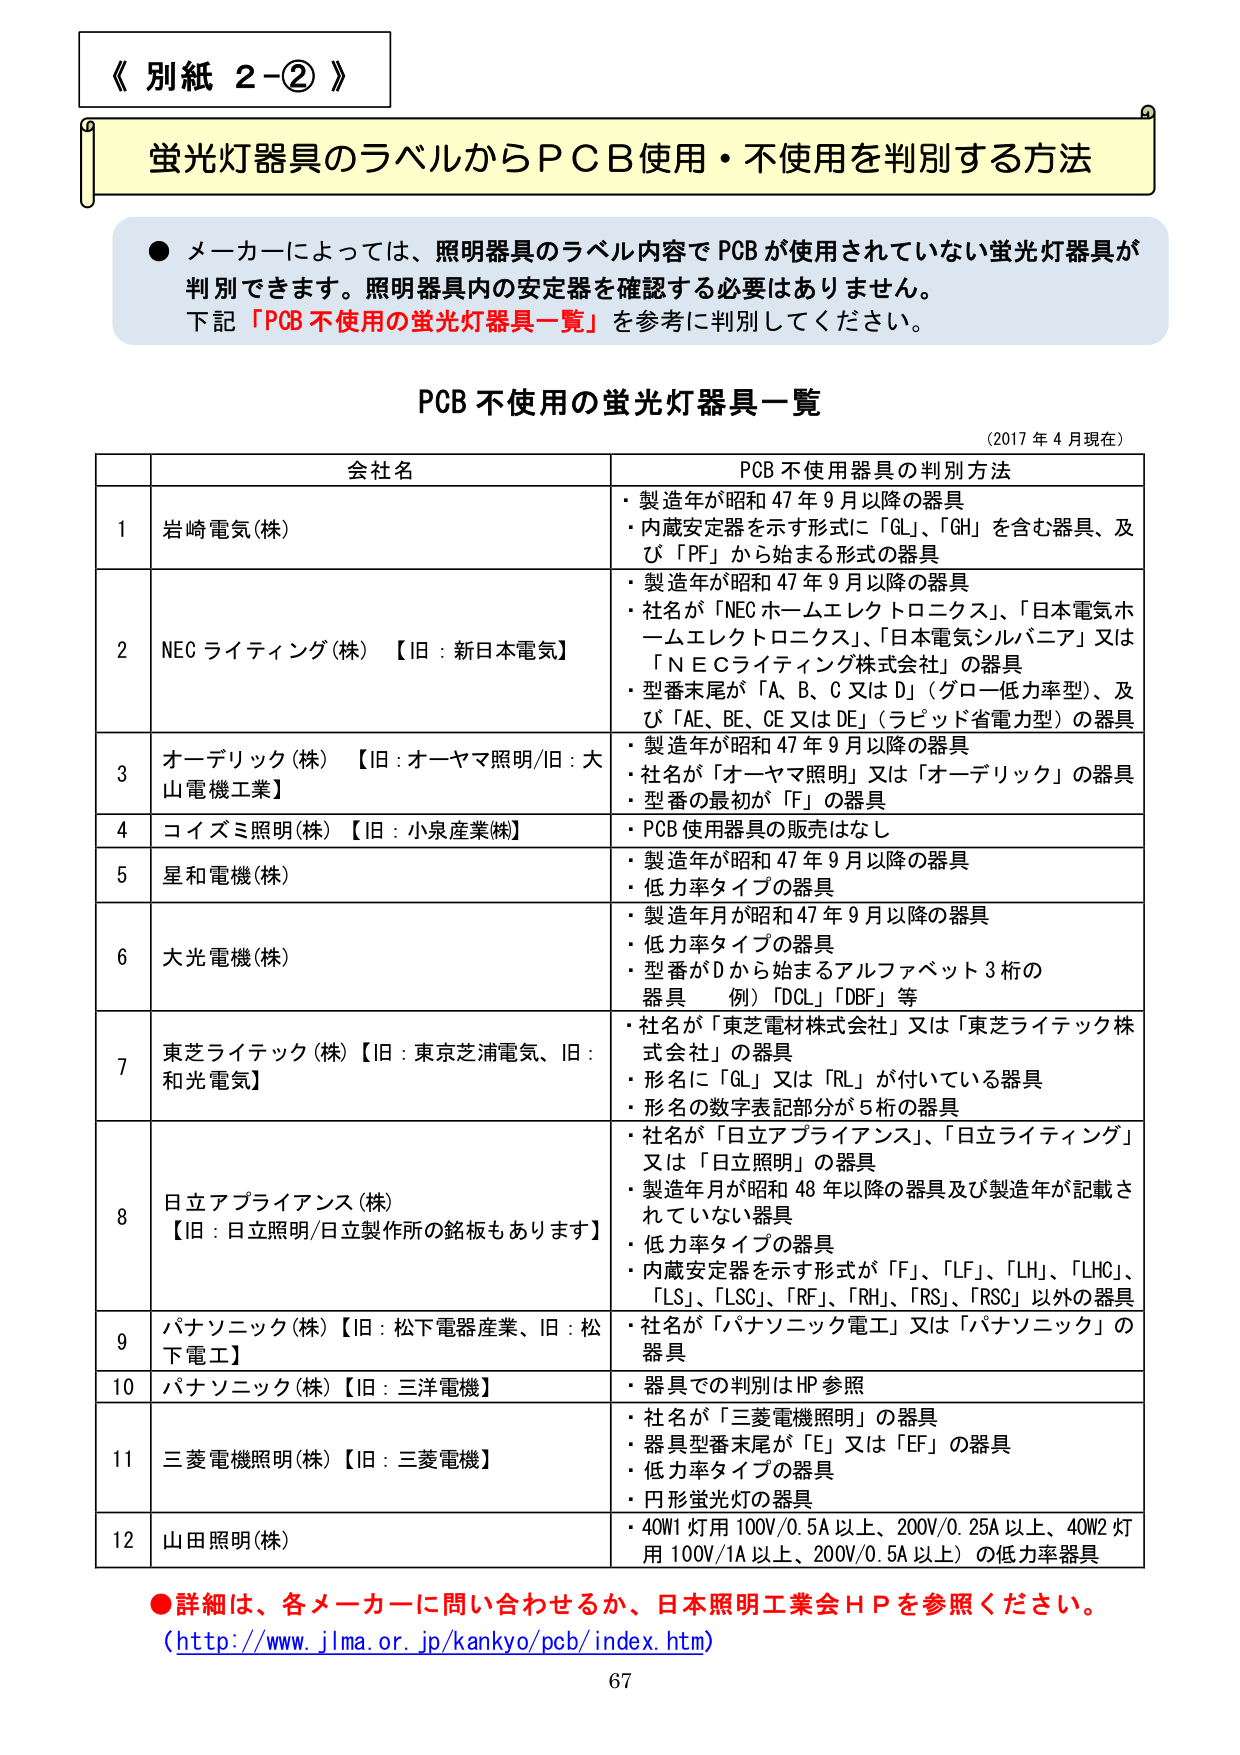
《 別紙 2-② 》

蛍光灯器具のラベルからＰＣＢ使用・不使用を判別する方法

● メーカーによっては、照明器具のラベル内容でＰＣＢが使用されていない蛍光灯器具が判別できます。照明器具内の安定器を確認する必要はありません。下記「ＰＣＢ不使用の蛍光灯器具一覧」を参考に判別してください。

ＰＣＢ不使用の蛍光灯器具一覧
（2017年4月現在）

会社名　　　　　　　　　　　　　　　　　　　　　ＰＣＢ不使用器具の判別方法

1　岩崎電気(株)　　　　　　　　　　　　　　　　・製造年が昭和47年9月以降の器具
　　　　　　　　　　　　　　　　　　　　　　　　・内蔵安定器を示す形式に「GL」、「GH」を含む器具、及び「PF」から始まる形式の器具

2　NECライティング(株)【旧：新日本電気】　　・製造年が昭和47年9月以降の器具
　　　　　　　　　　　　　　　　　　　　　　　　・社名が「NECホームエレクトロニクス」、「日本電気ホームエレクトロニクス」、「日本電気シルバニア」又は「ＮＥＣライティング株式会社」の器具
　　　　　　　　　　　　　　　　　　　　　　　　・型番末尾が「A、B、C又はD」（グロー低力率型）、及び「AE、BE、CE又はDE」（ラピッド省電力型）の器具

3　オーデリック(株)【旧：オーヤマ照明/旧：大山電機工業】　・製造年が昭和47年9月以降の器具
　　　　　　　　　　　　　　　　　　　　　　　　・社名が「オーヤマ照明」又は「オーデリック」の器具
　　　　　　　　　　　　　　　　　　　　　　　　・型番の最初が「F」の器具

4　コイズミ照明(株)【旧：小泉産業㈱】　　　　・ＰＣＢ使用器具の販売はなし

5　星和電機(株)　　　　　　　　　　　　　　　　・製造年が昭和47年9月以降の器具
　　　　　　　　　　　　　　　　　　　　　　　　・低力率タイプの器具

6　大光電機(株)　　　　　　　　　　　　　　　　・製造年月が昭和47年9月以降の器具
　　　　　　　　　　　　　　　　　　　　　　　　・低力率タイプの器具
　　　　　　　　　　　　　　　　　　　　　　　　・型番がDから始まるアルファベット3桁の器具　例）「DCL」「DBF」等

7　東芝ライテック(株)【旧：東京芝浦電気、旧：和光電気】　・社名が「東芝電材株式会社」又は「東芝ライテック株式会社」の器具
　　　　　　　　　　　　　　　　　　　　　　　　・形名に「GL」又は「RL」が付いている器具
　　　　　　　　　　　　　　　　　　　　　　　　・形名の数字表記部分が5桁の器具

8　日立アプライアンス(株)【旧：日立照明/日立製作所の銘板もあります】　・社名が「日立アプライアンス」、「日立ライティング」又は「日立照明」の器具
　　　　　　　　　　　　　　　　　　　　　　　　・製造年月が昭和48年以降の器具及び製造年が記載されていない器具
　　　　　　　　　　　　　　　　　　　　　　　　・低力率タイプの器具
　　　　　　　　　　　　　　　　　　　　　　　　・内蔵安定器を示す形式が「F」、「LF」、「LH」、「LHC」、「LS」、「FLSC」、「RF」、「RH」、「RS」、「RSC」以外の器具

9　パナソニック(株)【旧：松下電器産業、旧：松下電工】　・社名が「パナソニック電工」又は「パナソニック」の器具

10　パナソニック(株)【旧：三洋電機】　　　　・器具での判別はHP参照

11　三菱電機照明(株)【旧：三菱電機】　　　　・社名が「三菱電機照明」の器具
　　　　　　　　　　　　　　　　　　　　　　　　・器具型番末尾が「E」又は「EF」の器具
　　　　　　　　　　　　　　　　　　　　　　　　・低力率タイプの器具
　　　　　　　　　　　　　　　　　　　　　　　　・円形蛍光灯の器具

12　山田照明(株)　　　　　　　　　　　　　　　・40W1灯用100V/0.5A以上、200V/0.25A以上、40W2灯用100V/1A以上、200V/0.5A以上）の低力率器具

● 詳細は、各メーカーに問い合わせるか、日本照明工業会ＨＰを参照ください。
（http://www.jlma.or.jp/kankyo/pcb/index.htm）

67